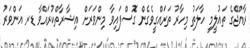
ރާއްޖޭގެ ތައުލީމީ ހާލަތު މިހާރު ތަރައްގީވެގެން ގޮސްފައިވާ މިންވަރަށް އިޝާރާތްކުރައްވާ ޑރ އަންވަރު